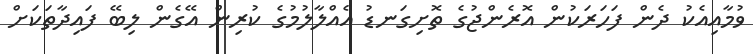
ވުމާއިއެކު ދެން ފަހަރަކުން އޮރެންޖުގެ ތޮށިގަނޑު އެއްލާލުމުގެ ކުރިން އޭގެން ލިބޭ ފައިދާތަކަށް